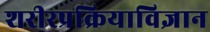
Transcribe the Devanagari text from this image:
शरीरप्रक्रियाविज्ञान